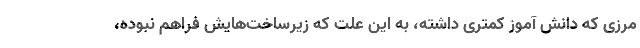
مرزی که دانش آموز کمتری داشته، به این علت که زیرساخت‌هایش فراهم نبوده،